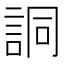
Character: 詷